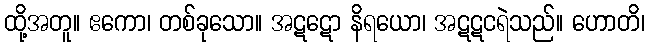
ထို့အတူ။ ဧကော၊ တစ်ခုသော။ အဋဋော နိရယော၊ အဋဋငရဲသည်။ ဟောတိ၊